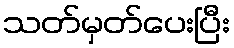
သတ်မှတ်ပေးပြီး